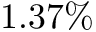
1 . 3 7 \%